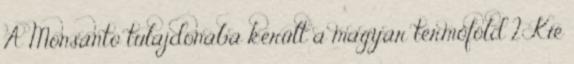
A Monsanto tulajdonába került a magyar termőföld 2 Kié